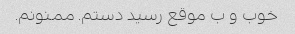
خوب و ب موقع رسید دستم. ممنونم.